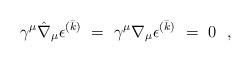
LaTeX: \begin{align*}\gamma^\mu\hat\nabla_\mu \epsilon^{(\bar k)}~=~\gamma^\mu\nabla_\mu \epsilon^{(\bar k)}~=~0\ \ ,\end{align*}